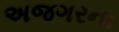
અજગરના